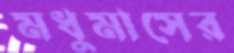
মধুমাসের